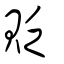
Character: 𡬯